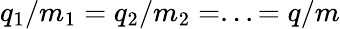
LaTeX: q_{1}/m_{1}=q_{2}/m_{2}=...=q/m